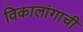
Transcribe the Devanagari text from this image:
विकालांगाची